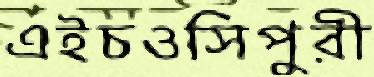
এইচওসিপুরী